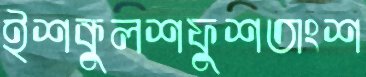
ইশকুলশফুশতাংশ